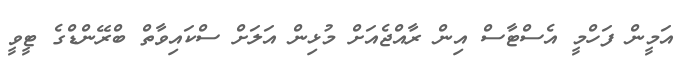
އަމީން ފަހްމީ އެސްޓާސް އިން ރާއްޖެއަށް މުޅިން އަލަށް ސްކައިވާތް ބްރޭންޑްގެ ޓީވީ